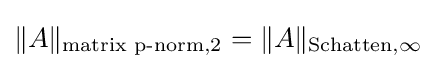
\|A\|_{{\text{matrix p-norm}},2}=\|A\|_{{\text{Schatten}},\infty }